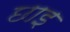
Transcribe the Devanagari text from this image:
छाइ